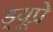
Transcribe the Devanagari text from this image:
ड्यूप्रे